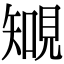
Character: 𧡐